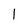
Character: I